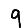
Digit: 9